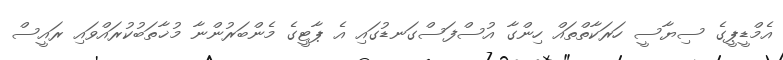
އެމްޑީޕީގެ ސިޔާސީ ހަރަކާތްތައް ހިންގާ އުސްފަސްގަނޑުގައި އެ ޕާޓީގެ މެންބަރުންނާ މުޚާތަބުކުރައްވައި ރައީސް